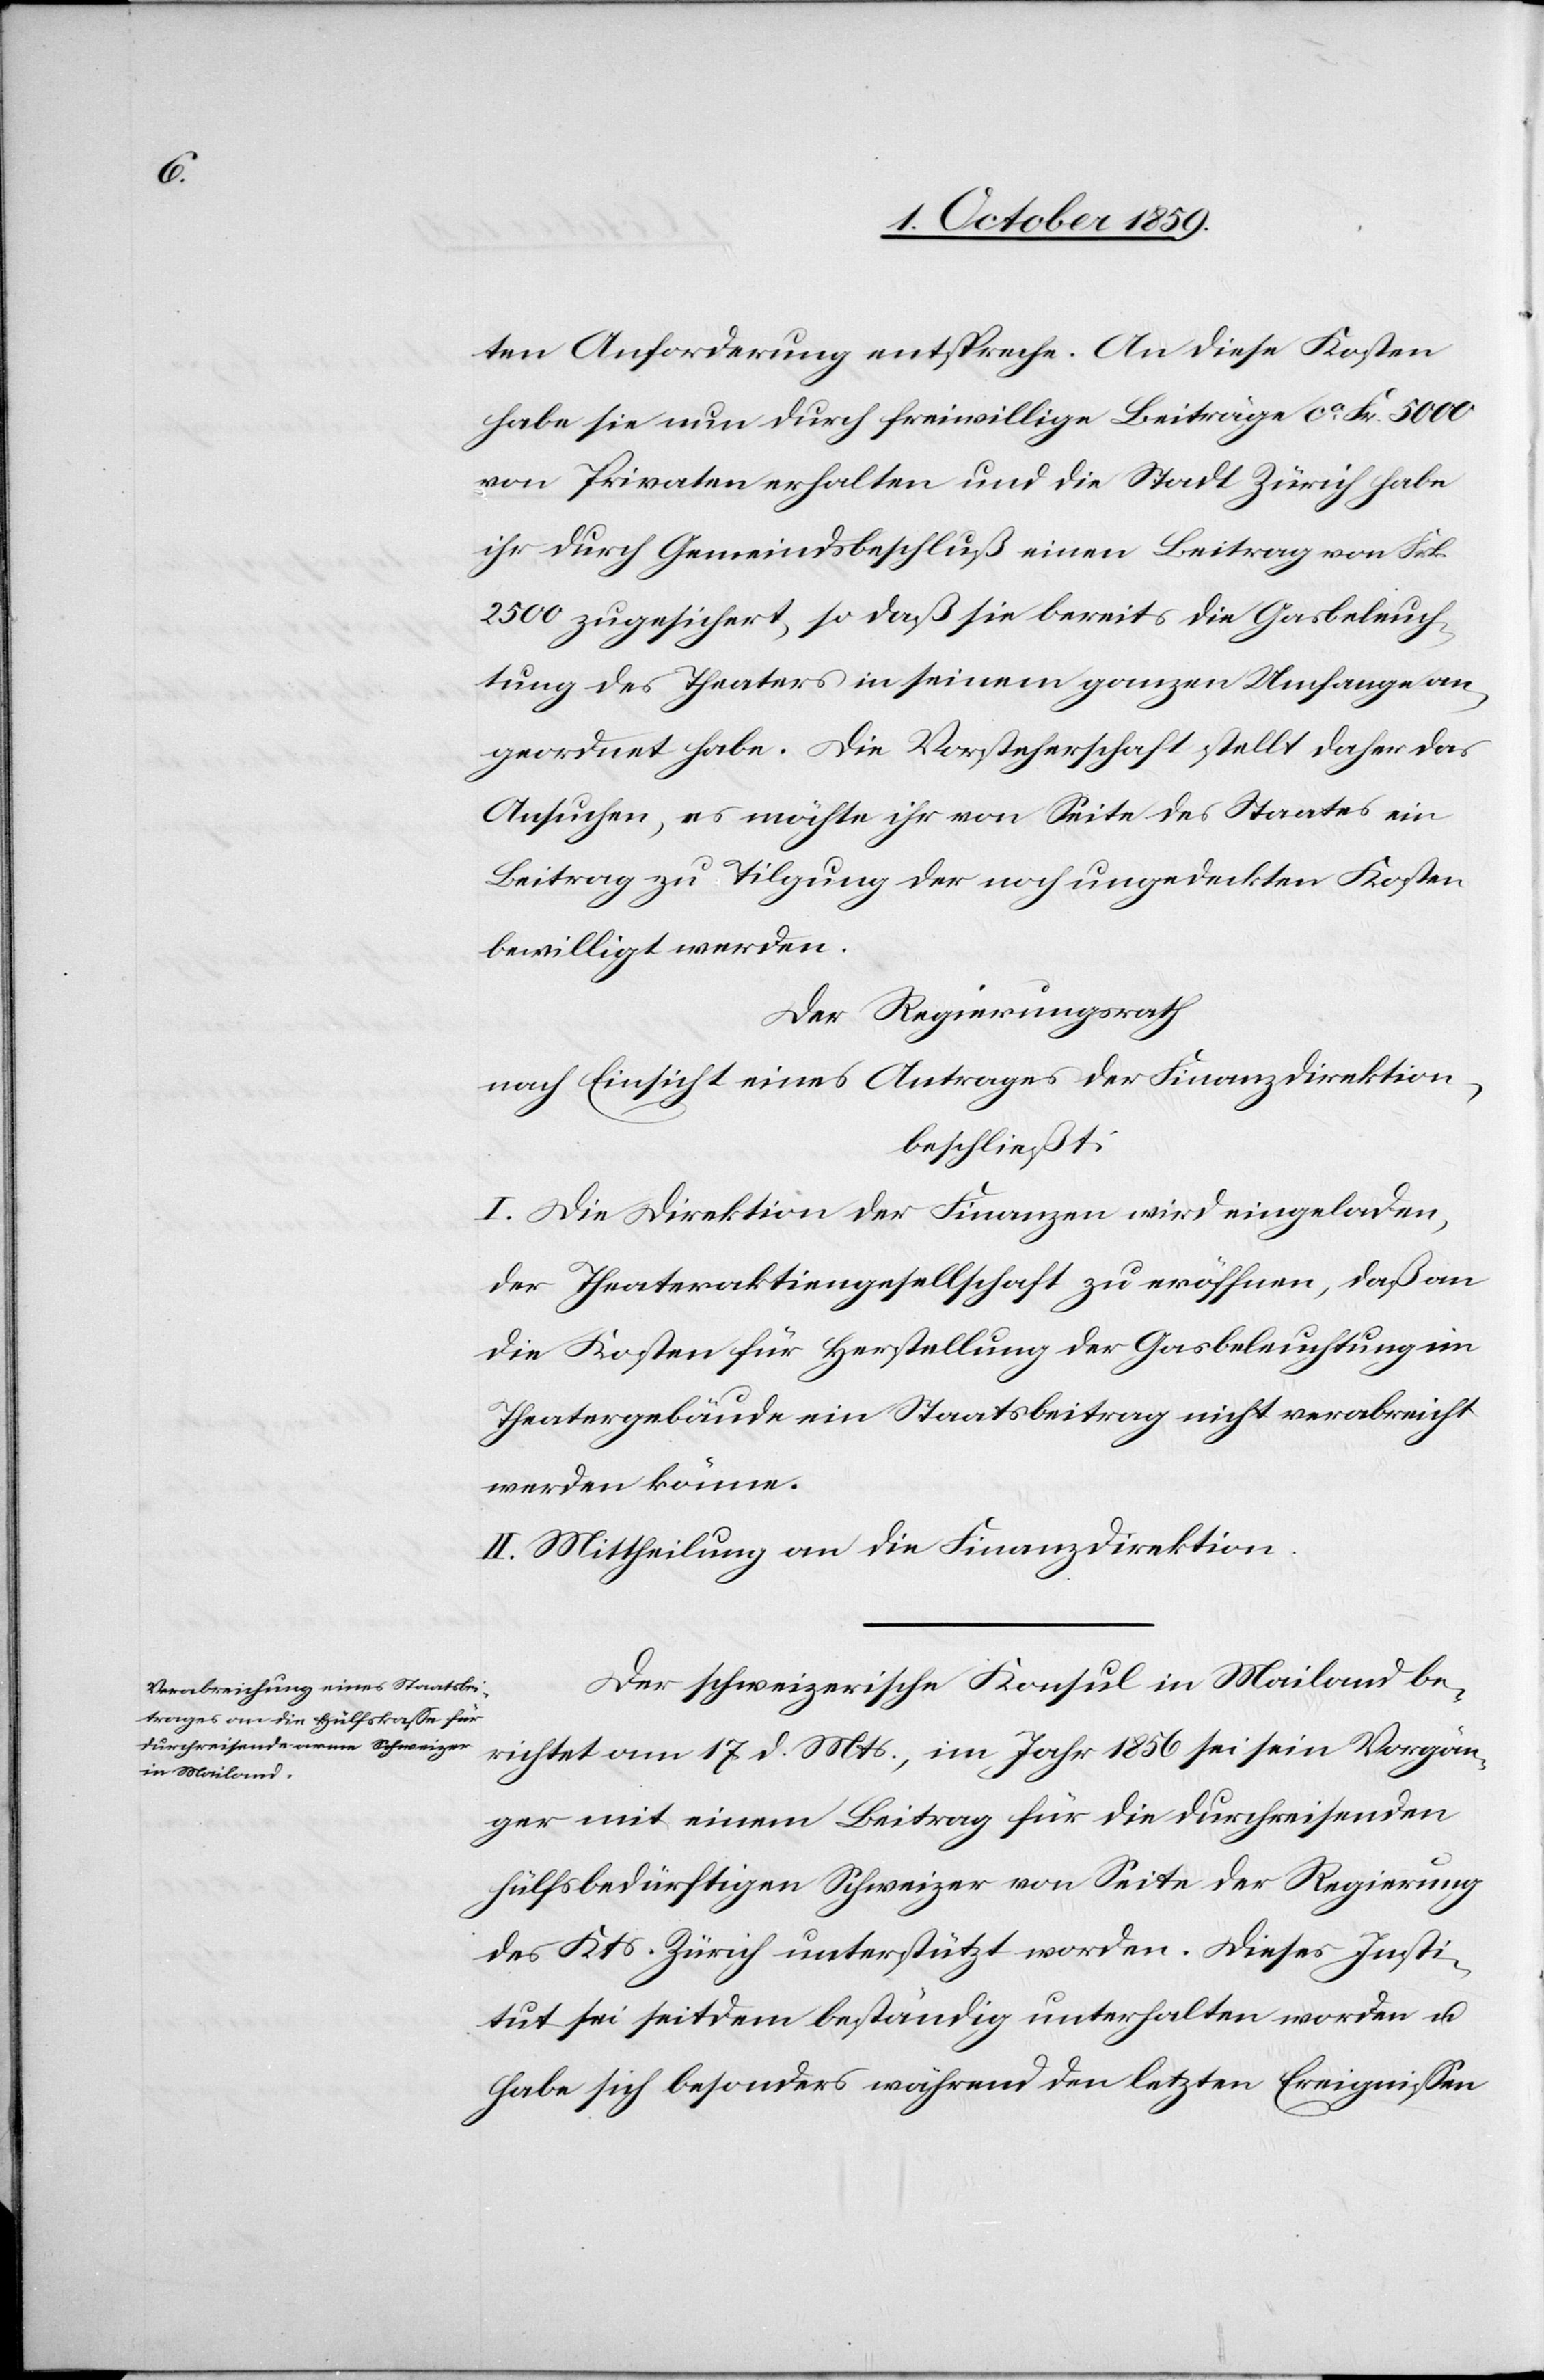
ten Anforderung entspreche. An diese Kosten
habe sie nun durch freiwillige Beiträge ca. Frk. 5'000
von Privaten erhalten und die Stadt Zürich habe
ihr durch Gemeindebeschluß einen Beitrag von Frk.
2'500 zugesichert, so daß sie bereits die Gasbeleuch¬
tung des Theaters in seinem ganzen Umfange an¬
geordnet habe. Die Vorsteherschaft stellt daher das
Ansuchen, es möchte ihr von Seite des Staates ein
Beitrag zu Tilgung der noch ungedeckten Kosten
bewilligt werden.
Der Regierungsrath
nach Einsicht eines Antrages der Finanzdirektion,
beschließt:
I. Die Direktion der Finanzen wird eingeladen,
der Theateraktiengesellschaft zu eröffnen, daß an
die Kosten für Herstellung der Gasbeleuchtung im
Theatergebäude ein Staatsbeitrag nicht verabreicht
werden könne.
II. Mittheilung an die Finanzdirektion.
Der schweizerische Konsul in Mailand be¬
richtet am 17. d. Mts., im Jahr 1856 sei sein Vorgän¬
ger mit einem Beitrag für die durchreisenden
hülfsbedürftigen Schweizer von Seite der Regierung
des Kts. Zürich unterstützt worden. Dieses Insti¬
tut sei seitdem beständig unterhalten worden u.
habe sich besonders während den letzten Ereignissen